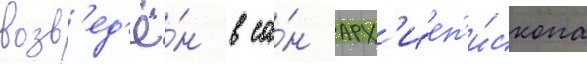
возв'ед'ё́н в са́н арх'иеп'и́скопа